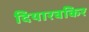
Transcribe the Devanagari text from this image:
दियारबकिर